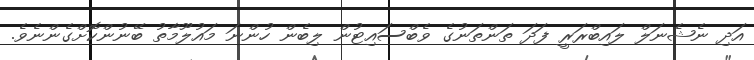
އަދި ނެޝެނަލް ލައިބްރަރީ ފަދަ ތަންތަނުގެ ވެބްސައިޓުން ލިބެން ހުންނަ މައުލޫމާތު ބޭނުންކޮށްގެންނެވެ.